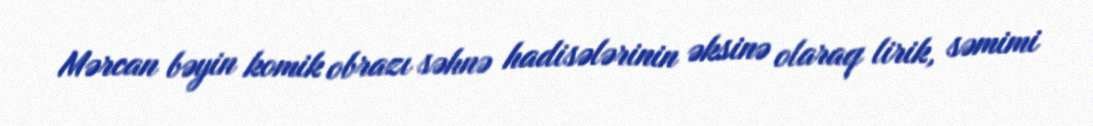
Mərcan bəyin komik obrazı səhnə hadisələrinin əksinə olaraq lirik, səmimi